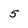
Character: 5